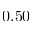
0 . 5 0